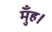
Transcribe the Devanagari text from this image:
मुँह।